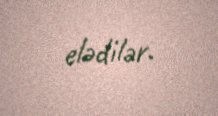
elədilər.